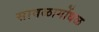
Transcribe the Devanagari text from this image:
सावळागोंधळ